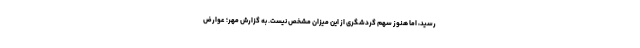
رسید، اما هنوز سهم گردشگری از این میزان مشخص نیست. به گزارش مهر؛ عوارض